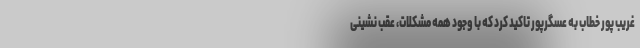
غریب پور خطاب به عسگرپور تاکید کرد که با وجود همه مشکلات، عقب نشینی